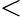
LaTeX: <